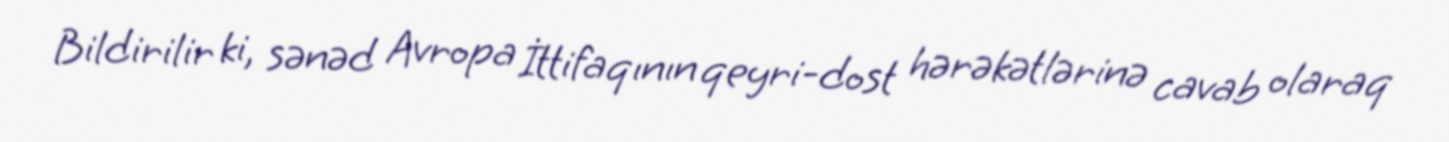
Bildirilir ki, sənəd Avropa İttifaqının qeyri-dost hərəkətlərinə cavab olaraq